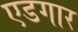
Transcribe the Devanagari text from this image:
एडगार